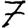
Digit: 7